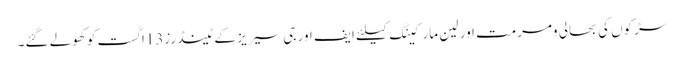
سڑکوں کی بحالی ومرمت اور لین مارکینگ کیلئے ایف اور جی سیریز کے ٹینڈرز13اگست کو کھولے گئے۔